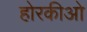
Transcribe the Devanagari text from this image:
होरकीओ